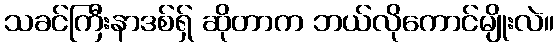
သခင်ကြီးနာဒစ်ရှ် ဆိုတာက ဘယ်လိုကောင်မျိုးလဲ။